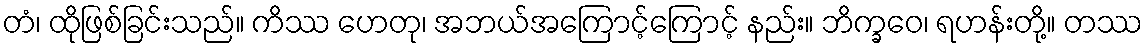
တံ၊ ထိုဖြစ်ခြင်းသည်။ ကိဿ ဟေတု၊ အဘယ်အကြောင့်ကြောင့် နည်း။ ဘိက္ခဝေ၊ ရဟန်းတို့။ တဿ